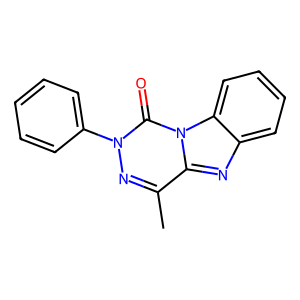
SMILES: Cc1nn(-c2ccccc2)c(=O)n2c1nc1ccccc12
Inhibits HIV replication: No